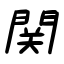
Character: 関